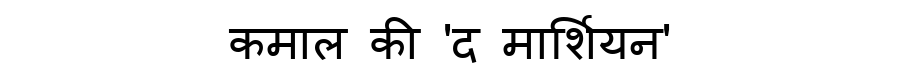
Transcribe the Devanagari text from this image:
कमाल की 'द मार्शियन'